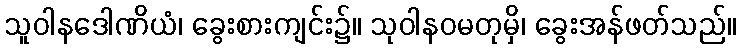
သူဝါနဒေါဏိယံ၊ ခွေးစားကျင်း၌။ သုဝါနဝမတုမှိ၊ ခွေးအန်ဖတ်သည်။